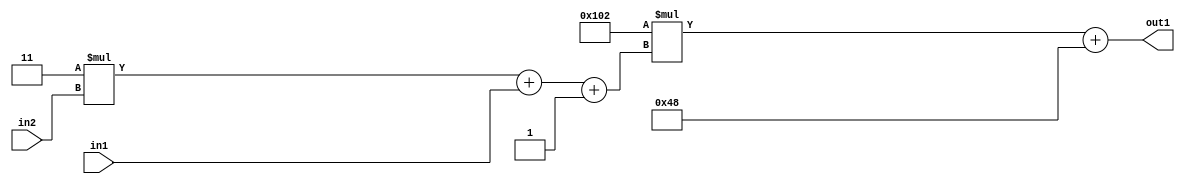
`timescale 1ps / 1ps
/*****************************************************************************
    Verilog RTL Description
    
    
    Created by: Stratus DpOpt 2019.1.01 
*******************************************************************************/

module DC_Filter_Add2i72Mul2i258Add3i1u1Mul2i3u2_1 (
	in2,
	in1,
	out1
	); /* architecture "behavioural" */ 
input [1:0] in2;
input  in1;
output [11:0] out1;
wire [11:0] asc001;
wire [3:0] asc002;

wire [3:0] asc002_tmp_0;
wire [3:0] asc002_tmp_1;
assign asc002_tmp_1 = 
	+(4'B0011 * in2);
assign asc002_tmp_0 = asc002_tmp_1
	+(in1);
assign asc002 = asc002_tmp_0
	+(4'B0001);

wire [11:0] asc001_tmp_2;
assign asc001_tmp_2 = 
	+(12'B000100000010 * asc002);
assign asc001 = asc001_tmp_2
	+(12'B000001001000);

assign out1 = asc001;
endmodule

/* CADENCE  vrPzSA8= : u9/ySgnWtBlWxVPRXgAZ4Og= ** DO NOT EDIT THIS LINE ******/